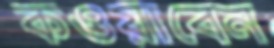
কওয়াবেন